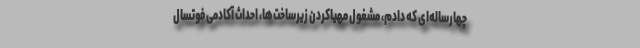
چهارساله‌ای که دادم، مشغول مهیا‌کردن زیرساخت‌ها، احداث آکادمی فوتسال